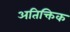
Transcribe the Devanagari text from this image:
अतिक्तिक